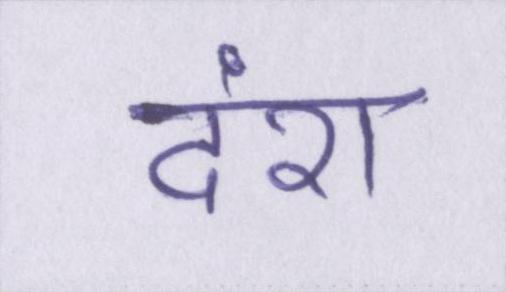
दंश